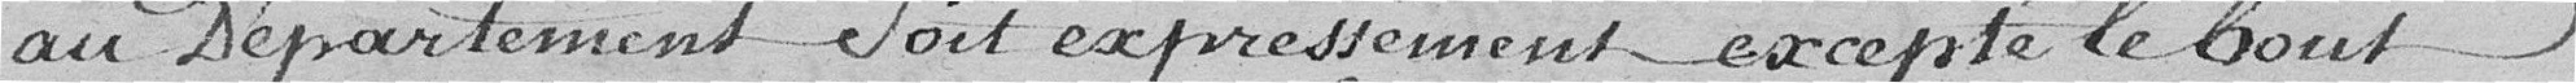
au département soit expressément, excepté le bout